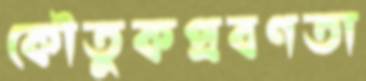
কৌতুকপ্রবণতা